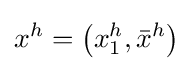
x^{h}=\left(x_{1}^{h},{\bar {x}}^{h}\right)